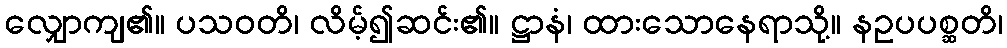
လျှောကျ၏။ ပသဝတိ၊ လိမ့်၍ဆင်း၏။ ဋ္ဌာနံ၊ ထားသောနေရာသို့။ နဥပပစ္ဆတိ၊